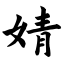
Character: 婧